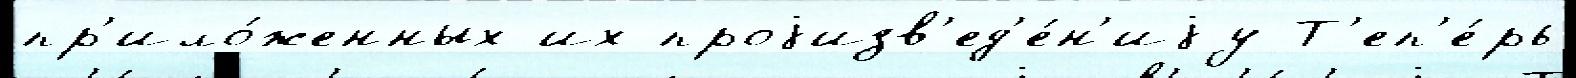
пр'ило́женных их проjизв'ед'е́н'иjу Т'еп'е́рь